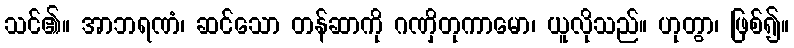
သင်၏။ အာဘရဏံ၊ ဆင်သော တန်ဆာကို ဂဏှိတုကာမော၊ ယူလိုသည်။ ဟုတွာ၊ ဖြစ်၍။